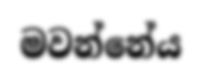
මවන්නේය